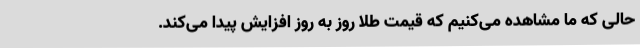
حالی که ما مشاهده می‌کنیم که قیمت طلا روز به روز افزایش پیدا می‌کند.